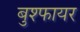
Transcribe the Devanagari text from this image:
बुश्फायर